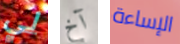
لي آخ الإساءة